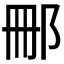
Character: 𮟰